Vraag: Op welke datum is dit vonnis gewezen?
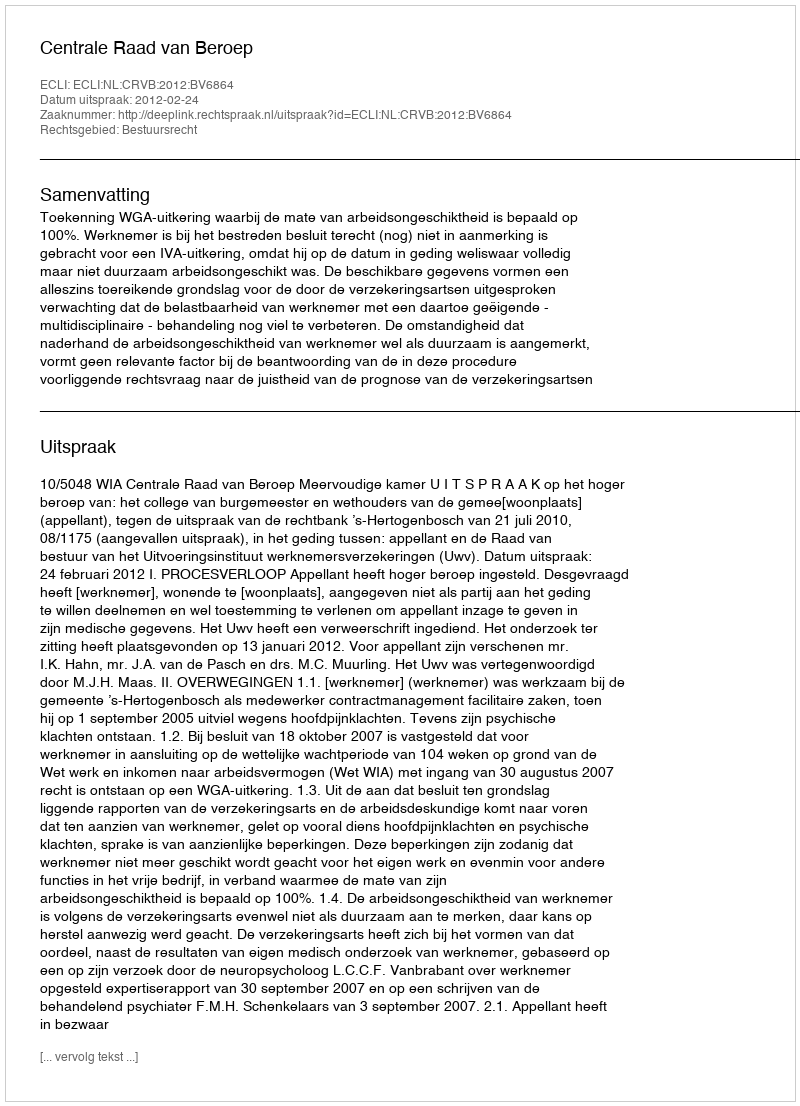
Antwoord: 2012-02-24